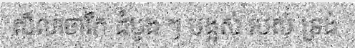
សិលាចារឹក ដំបូង ៗ បង្អស់ របស់ ទ្រង់